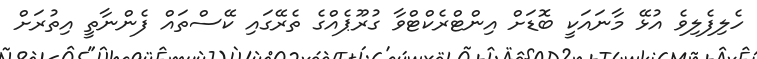
ހެލިފެލިވެ އުޅޭ މާނައަކީ ބޮޑަށް އިންޓްރެކްޓްވާ ގުރޫޕެއްގެ ތެރޭގައި ކޭސްތައް ފެންނާތީ އިތުރަށް